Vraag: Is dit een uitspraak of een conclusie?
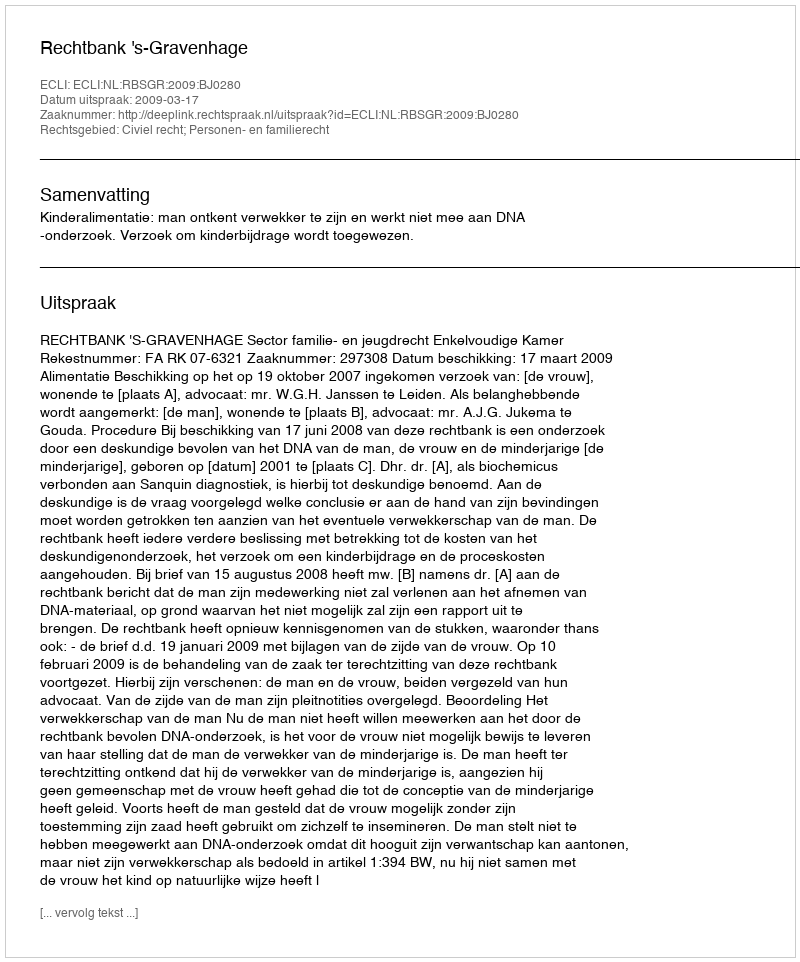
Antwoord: Uitspraak